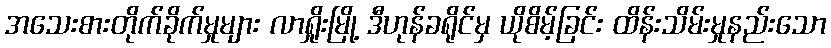
အသေးစားတိုက်ခိုက်မှုများ လာရှိုးမြို့ ဒီဟုန်ခရိုင်မှ ယိုစိမ့်ခြင်း ထိန်းသိမ်းမှုနည်းသော